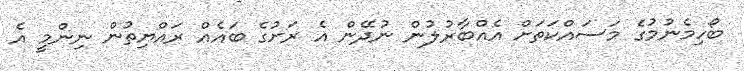
ބޯހިމެނުމުގެ މަސައްކަތަށް އެއްބާރުލުން ނުދޭން އެ ރަށުގެ ބައެއް ރައްޔިތުން ނިންމީ އެ